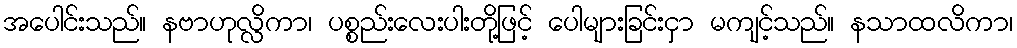
အပေါင်းသည်။ နဗာဟုလ္လိကာ၊ ပစ္စည်းလေးပါးတို့ဖြင့် ပေါများခြင်းငှာ မကျင့်သည်။ နသာထလိကာ၊